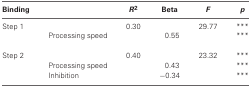
<table><thead><tr><td><b>Binding</b></td><td></td><td><b><i>R</i><sup>2</sup></b></td><td><b>Beta</b></td><td><b><i>F</i></b></td><td><b><i>p</i></b></td></tr></thead><tbody><tr><td>Step 1</td><td></td><td>0.30</td><td></td><td>29.77</td><td>***</td></tr><tr><td></td><td>Processing speed</td><td></td><td>0.55</td><td></td><td>***</td></tr><tr><td>Step 2</td><td></td><td>0.40</td><td></td><td>23.32</td><td>***</td></tr><tr><td></td><td>Processing speed</td><td></td><td>0.43</td><td></td><td>***</td></tr><tr><td></td><td>Inhibition</td><td></td><td>−0.34</td><td></td><td>***</td></tr></tbody></table>